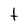
Character: t